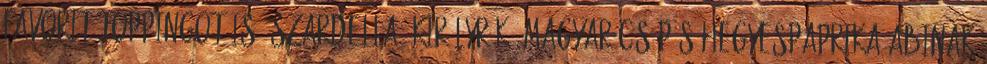
favorit toppingot is: szardella, királyrák, magyar csípős hegyespaprika Abinak